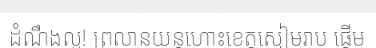
ដំណឹងល្អ! ព្រលានយន្តហោះខេត្តសៀមរាប ផ្តើម